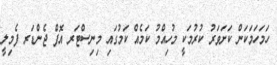
ހަމަހަމަކަން ކަށަވަރު ކުރުމަކީ މުހިއްމު ކަމެއް ކަމުގައި މިނިސްޓަރ އޮފް ޖެންޑަރ ފެމިލީ